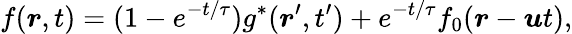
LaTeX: f(\boldsymbol{r},t)=(1-e^{-t/\tau})g^{\ast}(\boldsymbol{r}^{\prime},t^{\prime})+e^{-t/\tau}f_{0}(\boldsymbol{r}-\boldsymbol{u}t),